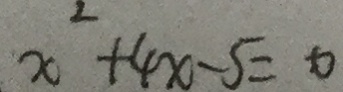
x ^ { 2 } + 4 x - 5 = 0